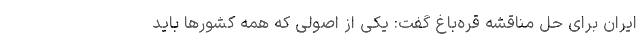
ایران برای حل مناقشه قره‌باغ گفت: یکی از اصولی که همه کشورها باید